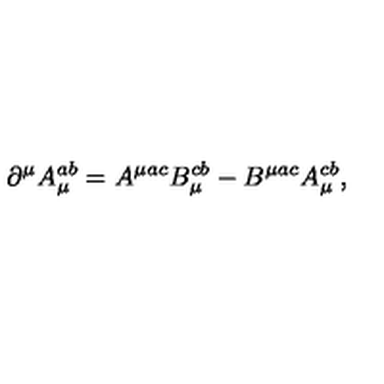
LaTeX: { \partial } ^ { \mu } A _ { \mu } ^ { a b } = A ^ { \mu a c } B _ { \mu } ^ { c b } - B ^ { \mu a c } A _ { \mu } ^ { c b } ,